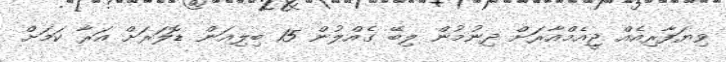
ވިޔަފާރިއެއް ޖީއެމްއާރަށް ދިނުމުން ލިބޭ ގެއްލުން 15 ބިލިއަން ޑޮލަރަށް އަރާ ކަމަށް